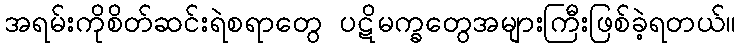
အရမ်းကိုစိတ်ဆင်းရဲစရာတွေ ပဋိမက္ခတွေအများကြီးဖြစ်ခဲ့ရတယ်။